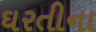
ઘરતીના